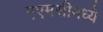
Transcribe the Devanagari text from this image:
एएमसीमध्ये